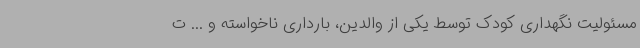
مسئولیت نگهداری کودک توسط یکی از والدین، بارداری ناخواسته و ... ت